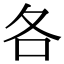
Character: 各